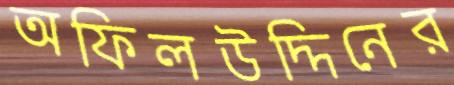
অফিলউদ্দিনের